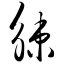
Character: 觫